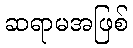
ဆရာမအဖြစ်